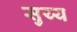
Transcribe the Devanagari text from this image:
सुय्य